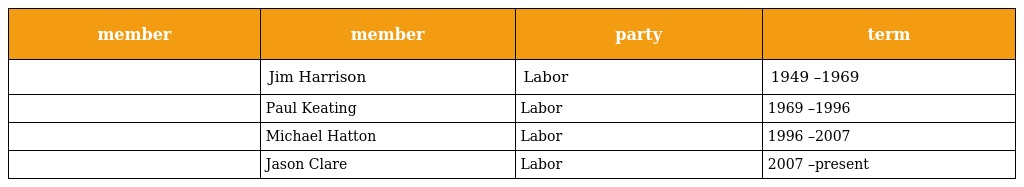
| member | member | party | term |
 | --- | --- | --- | --- |
 |  | Jim Harrison | Labor | 1949 –1969 |
 |  | Paul Keating | Labor | 1969 –1996 |
 |  | Michael Hatton | Labor | 1996 –2007 |
 |  | Jason Clare | Labor | 2007 –present |